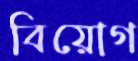
বিয়োগ